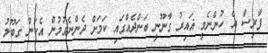
ފާރިސް އެ ހުންނެވީ ޣައިރު ގާނޫނީ ބަންދެއްގައި ކަމަށް ދެންނެވުމުން އެކަން ގަބޫލު